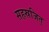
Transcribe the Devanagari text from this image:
सहस्रजित्